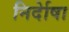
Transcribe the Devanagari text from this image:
निर्देाषा